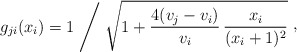
\begin{align*}g_{ji}(x_{i}) = 1\Biggm/ \sqrt{1+{4(v_{j}-v_{i})\over v_{i}}\,{x_{i}\over (x_{i}+1)^{2}}}\ \raise 2pt\hbox{,}\end{align*}